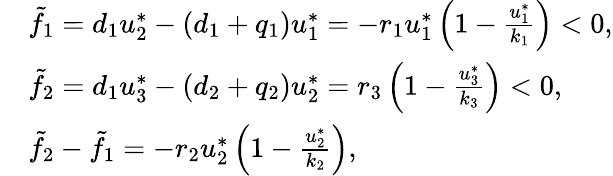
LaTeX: \begin{array}{rl}&{\tilde{f}_{1}=d_{1}u_{2}^{*}-(d_{1}+q_{1})u_{1}^{*}=-r_{1}u_{1}^{*}\left(1-\frac{u_{1}^{*}}{k_{1}}\right)<0,}\\ &{\tilde{f}_{2}=d_{1}u_{3}^{*}-(d_{2}+q_{2})u_{2}^{*}=r_{3}\left(1-\frac{u_{3}^{*}}{k_{3}}\right)<0,}\\ &{\tilde{f}_{2}-\tilde{f}_{1}=-r_{2}u_{2}^{*}\left(1-\frac{u_{2}^{*}}{k_{2}}\right),}\end{array}